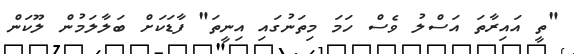
"ތީ އައިރާތަ އަސްލު ވެސް ހަމަ މިތަނުގައި އިނީތަ" ފާޑަކަށް ބަލާލަމުން ލޫކަން